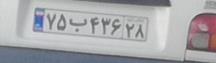
۷۵ب۴۳۶۲۸